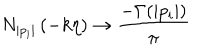
N _ { | p _ { i } | } \left( - k \eta \right) \to \frac { - \Gamma ( | p _ { i } | ) } { \pi }